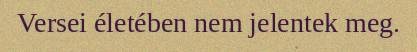
Versei életében nem jelentek meg.